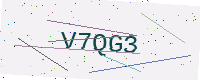
Text: V7QG3